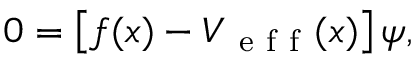
0 = \left[ f ( x ) - V _ { \mathrm { ~ e ~ f ~ f ~ } } ( x ) \right] \psi ,